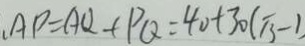
. A P = A Q + P Q = 4 0 + 3 0 ( \sqrt { 3 } - 1 )